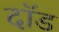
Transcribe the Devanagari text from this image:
दॉड